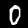
Label: 0